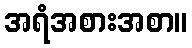
အရံအစားအစာ။